Scottish Leaving Certificate Examination, 1956
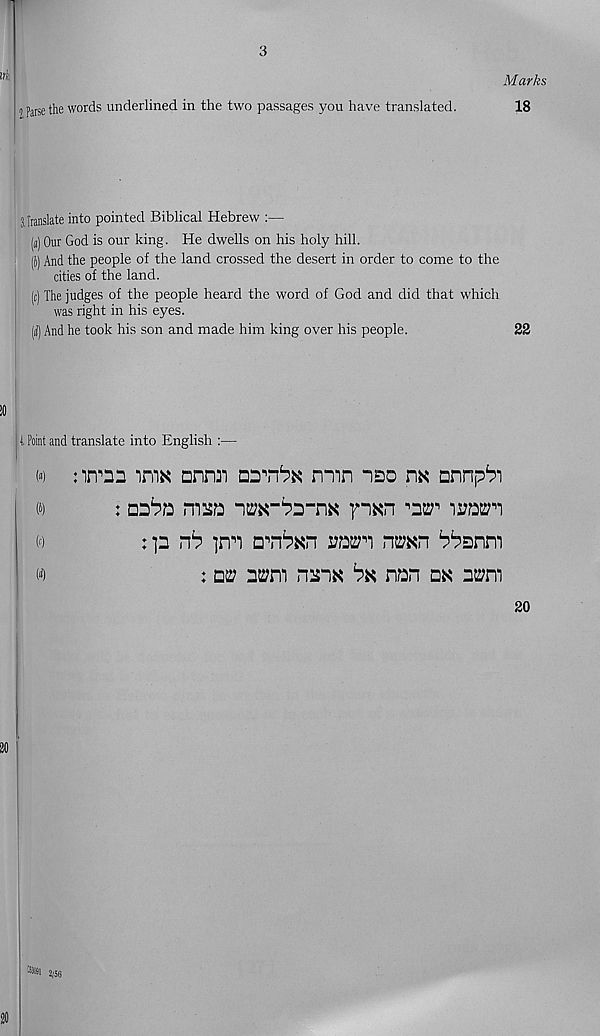
irk
2 Parse the words underlined in the two passages you have translated.
Marks
18
3 Iranslate into pointed Biblical Hebrew :—
(«) Our God is our king. He dwells on his holy hill.
| (j) And the people of the land crossed the desert in order to come to the
cities of the land.
(c) The judges of the people heard the word of God and did that which
was right in his eyes.
(ii) And he took his son and made him king over his people.
I, Point and translate into English :—
w
nmna ima tmi
min nao na Dnnp^i
%
: coba msa nEftrbmnK pan
iot^i
w
:p
]nn
ran nE?Kn ^banm
w
: de? atsm nmx bn nan dk aE;m
22